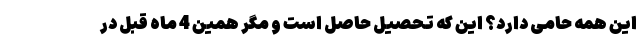
این همه حامی دارد؟ این که تحصیل حاصل است و مگر همین 4 ماه قبل در